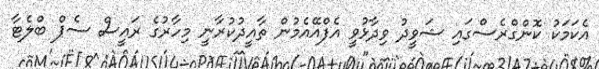
އެކަމަކު ކޮންގްރެސްގައި ޝަވީދު ވިދާޅުވީ އެފްއޭއެމުން ތާއީދުކުރާނީ މިހާރުގެ ރައީސް ސެޕް ބްލެޓާ